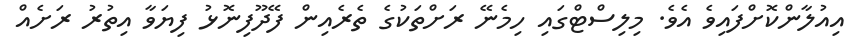
އިއުލާންކޮށްފައިވެ އެވެ. މިލިސްޓްގައި ހިމެނޭ ރަށްތަކުގެ ތެރެއިން ފޭދޫފިނޮޅު ފިޔަވާ އިތުރު ރަށެއް